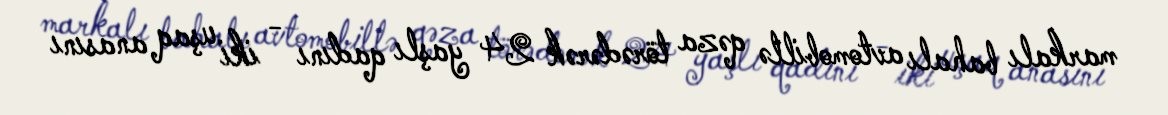
markalı bahalı avtomobillə qəza törədərək 24 yaşlı qadını - iki uşaq anasını